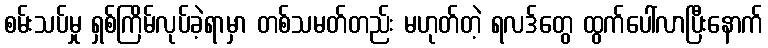
စမ်းသပ်မှု ရှစ်ကြိမ်လုပ်ခဲ့ရာမှာ တစ်သမတ်တည်း မဟုတ်တဲ့ ရလဒ်တွေ ထွက်ပေါ်လာပြီးနောက်